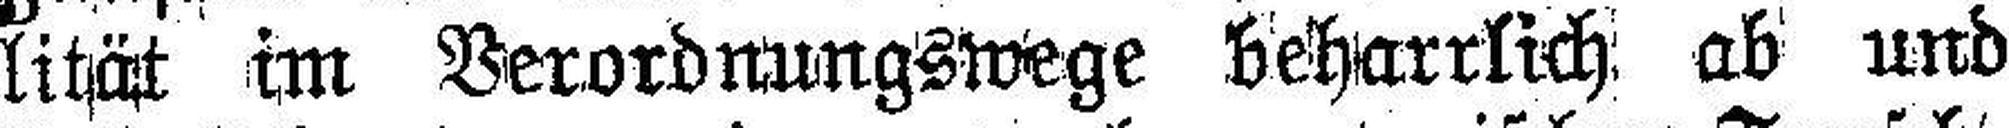
lität im Verordnungswege beharrlich ab und